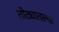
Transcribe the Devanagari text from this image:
तोट्यातल्या